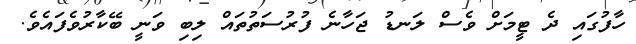
ހާފުގައި ދެ ޓީމަށް ވެސް ލަނޑު ޖަހާނެ ފުރުސަތުތައް ލިބި ވަނީ ބޭކާރުވެފައެވެ.